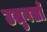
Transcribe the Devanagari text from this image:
उलुगख़ाँ